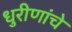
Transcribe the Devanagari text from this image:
धुरीणांचे